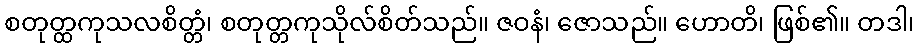
စတုတ္ထကုသလစိတ္တံ၊ စတုတ္တကုသိုလ်စိတ်သည်။ ဇဝနံ၊ ဇောသည်။ ဟောတိ၊ ဖြစ်၏။ တဒါ၊